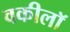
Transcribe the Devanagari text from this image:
वकीलॉ